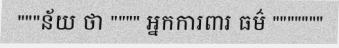
"""ន័យ ថា """" អ្នកការពារ ធម៌ """""""